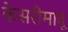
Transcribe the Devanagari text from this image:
केसरीमावू